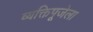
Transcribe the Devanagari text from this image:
व्यक्तिपूजेला